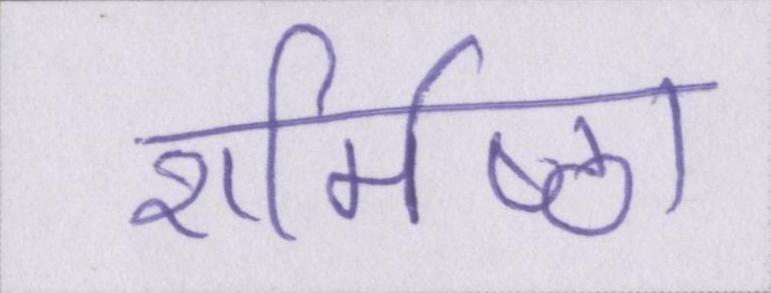
शर्मिष्ठा